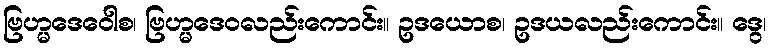
ဗြဟ္မဒေဝေါစ၊ ဗြဟ္မဒေဝလည်းကောင်း။ ဥဒယောစ၊ ဥဒယလည်းကောင်း။ ဒွေ၊